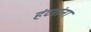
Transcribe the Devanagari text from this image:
हंटरांना